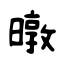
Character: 暾